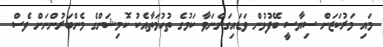
މައި މަރުކަޒަށް ސިޔާސީ ބޭފުޅުން ވަޑައިގަންނަވާ ކަމުގެ ތުހުމަތާއެކު ކޮމިޝަންގެ މެންބަރުންނަށް ވެސް